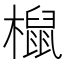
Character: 𣜌